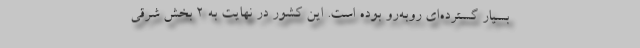
بسیار گسترده‌ای روبه‌رو بوده است. این کشور در نهایت به ۲ بخش شرقی